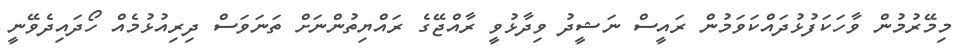
މިމޭރުމުން ވާހަކަފުޅުދައްކަވަމުން ރައީސް ނަޝީދު ވިދާޅުވީ ރާއްޖޭގެ ރައްޔިތުންނަށް ތަނަވަސް ދިރިއުޅުމެއް ހޯދައިދެވޭނީ